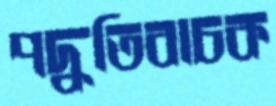
পদ্ধতিবাচক